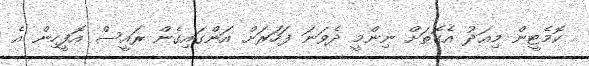
ކޮމެޓީން މިއަދު އެގޮތަށް ނިންމީ ދެވަނަ ފަހަރަށް އަންގައިގެން ރައީސް އޮފީހިން އެ